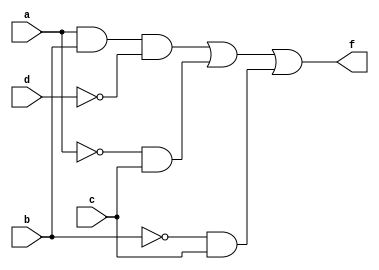
module circuito (f, a, b, c, d);
 output f;
 input a, b, c, d;
 wire s0, s1, s2, s3, s4, s5;
 
 not NOT1 (s0, d);
 and AND1 (s1, a, b, s0);
 not NOT2 (s2, a);
 and AND2 (s3, s2, c);
 not NOT3 (s4, b);
 and AND3 (s5, s4, c);
 or OR1 (f, s1, s3, s5);
 
endmodule

module testcircuito;
 reg a, b, c, d;
 wire f;
 
 circuito CIRC1 (f, a, b, c, d);
 
 initial begin
      $display("Exemplo 01 - Braulio Lima e Andrade - 380749");
      $display("Test Circuito Logico para Funcao com Quine-McCluskey");
      $display("\n a  b  c  d =  f");
		$monitor(" %b  %b  %b  %b =  %b", a, b, c, d, f);
	#1 a=0; b=0; c=0; d=0;
	#1 a=0; b=0; c=0; d=1;
	#1 a=0; b=0; c=1; d=0;
	#1 a=0; b=0; c=1; d=1;
	#1 a=0; b=1; c=0; d=0;
	#1 a=0; b=1; c=0; d=1;
	#1 a=0; b=1; c=1; d=0;
	#1 a=0; b=1; c=1; d=1;
	#1 a=1; b=0; c=0; d=0;
	#1 a=1; b=0; c=0; d=1;
	#1 a=1; b=0; c=1; d=0;
	#1 a=1; b=0; c=1; d=1;
	#1 a=1; b=1; c=0; d=0;
	#1 a=1; b=1; c=0; d=1;
	#1 a=1; b=1; c=1; d=0;
	#1 a=1; b=1; c=1; d=1;
	
 end
 
endmodule